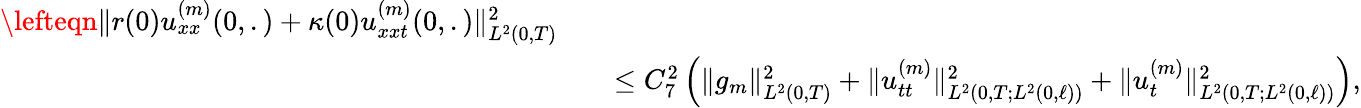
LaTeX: \begin{array}{rlr}{\lefteqn{\Vert r(0)u_{xx}^{(m)}(0,.)+\kappa(0)u_{xxt}^{(m)}(0,.)\Vert_{L^{2}(0,T)}^{2}}}\\ &{}&{\leq C_{7}^{2}\left(\Vert g_{m}\Vert_{L^{2}(0,T)}^{2}+\Vert u_{tt}^{(m)}\Vert_{L^{2}(0,T;L^{2}(0,\ell))}^{2}+\Vert u_{t}^{(m)}\Vert_{L^{2}(0,T;L^{2}(0,\ell))}^{2}\right),}\end{array}